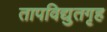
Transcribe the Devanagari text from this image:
तापविद्युतगृह